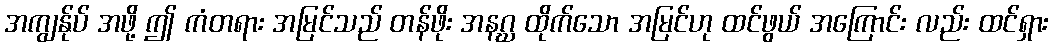
အကျွန်ုပ် အဖို့ ဤ ကံတရား အမြင်သည် တန်ဖိုး အနဂ္ဃ ထိုက်သော အမြင်ဟု ထင်ဖွယ် အကြောင်း လည်း ထင်ရှား